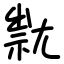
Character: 㞊